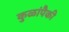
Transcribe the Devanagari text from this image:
कुळांपैकी